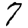
Digit: 7